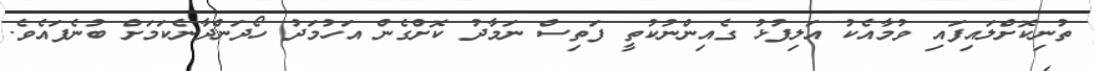
ތުނިކޮށްލައިފައި ވުމާއެކު އަލިފުޅު ގެއިންނުކުތީ ފަތިސް ނަމާދު ކޮށްގެން އަހުމަދު ހޯދަންދާނެކަމަށް ބުނެފަައެވެ.